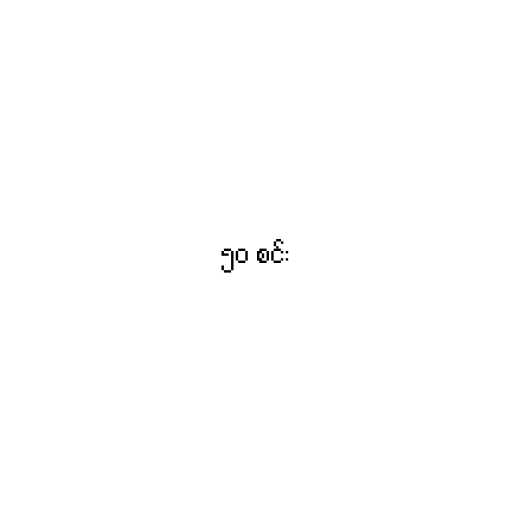
၅၀ စင်း